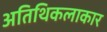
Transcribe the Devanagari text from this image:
अतिथिकलाकार